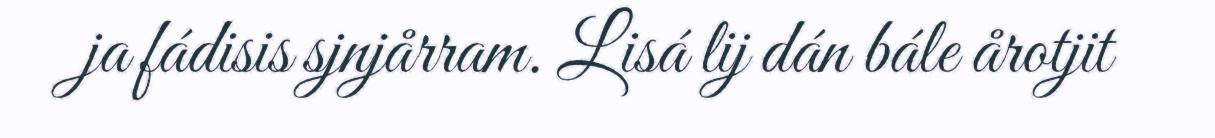
ja fádisis sjnjårram. Lisá lij dán bále årotjit